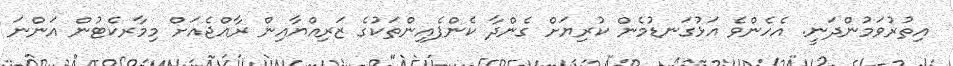
އިތުރުވަމުންދަނީ. އެހެންވެ އަޅުގަނޑުމެން ކުރިޔަށް ގެންދާ ކެންޕެއިންތަކުގެ ޒަރިއްޔާއިން ރާއްޖެއަށް މިމާރކެޓުން އަންނަ